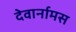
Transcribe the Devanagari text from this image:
देवार्नामस